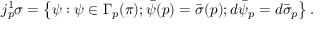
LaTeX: j _ { p } ^ { 1 } \sigma = \left\{ \psi : \psi \in \Gamma _ { p } ( \pi ) ; { \bar { \psi } } ( p ) = { \bar { \sigma } } ( p ) ; d { \bar { \psi } } _ { p } = d { \bar { \sigma } } _ { p } \right\} .